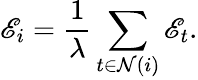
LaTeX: \mathscr{E}_{i}=\frac{{1}}{{\lambda}}\sum_{t\in\mathcal{{N}}(i)}\mathscr{E}_{t}.